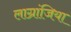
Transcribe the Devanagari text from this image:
लाग्रांजिया